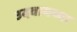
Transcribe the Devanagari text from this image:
उदवायच्या